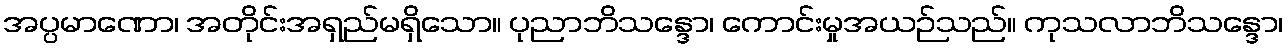
အပ္ပမာဏော၊ အတိုင်းအရှည်မရှိသော။ ပုညာဘိသန္ဒော၊ ကောင်းမှုအယဉ်သည်။ ကုသလာဘိသန္ဒော၊